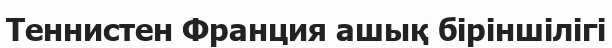
Теннистен Франция ашық біріншілігі